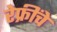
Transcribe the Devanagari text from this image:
रेफ्रींचे